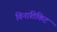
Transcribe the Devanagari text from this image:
विनातिकिट